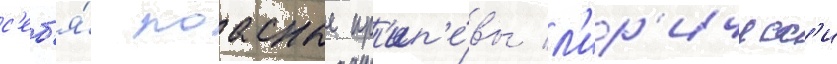
с'еб'я́ поасные пр'ип'е́вы л'ир'ическ'и